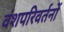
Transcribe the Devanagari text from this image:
वंशपरिवर्तनों